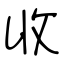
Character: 收